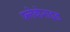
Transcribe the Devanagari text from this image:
फ्लेवोनाइड